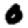
Digit: 0